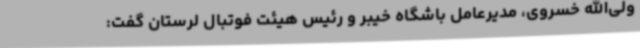
ولی‌الله خسروی، مدیرعامل باشگاه خیبر و رئیس هیئت فوتبال لرستان گفت: